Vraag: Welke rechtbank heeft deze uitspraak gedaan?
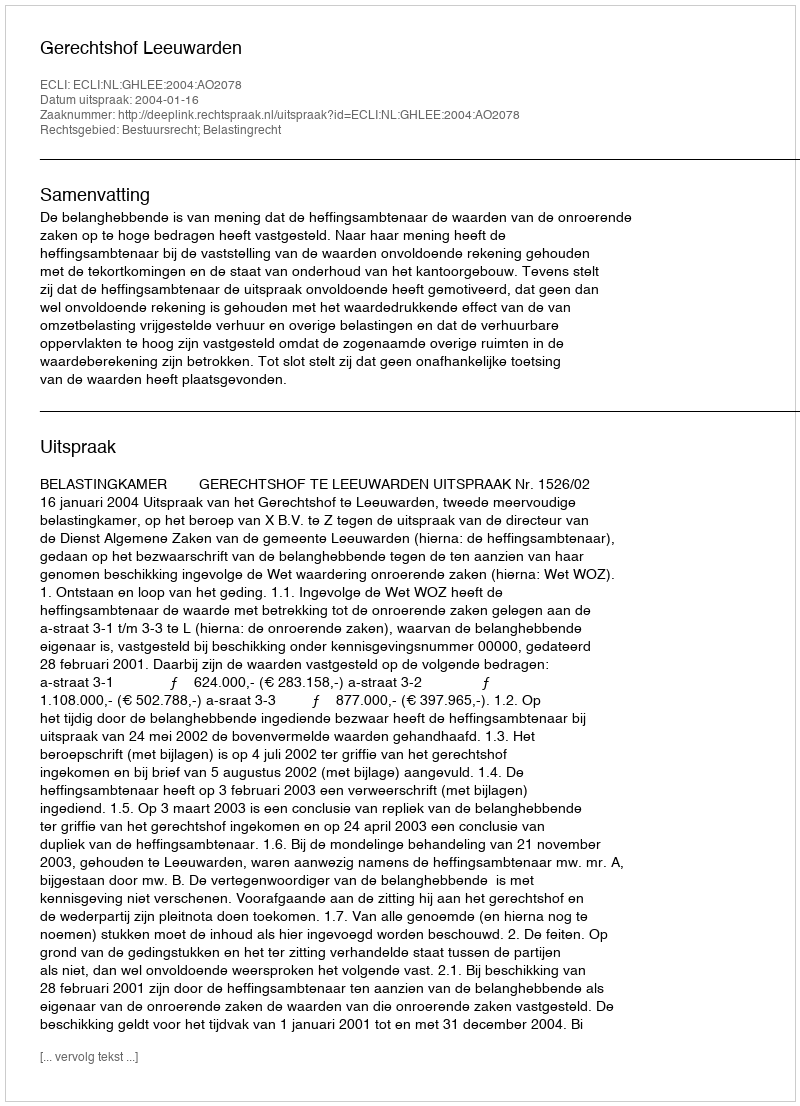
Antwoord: Gerechtshof Leeuwarden